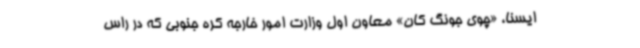
ایسنا، «چوی جونگ کان» معاون اول وزارت امور خارجه کره جنوبی که در راس